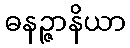
ဓနဉ္ဇာနိယာ